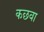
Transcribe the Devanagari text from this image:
कछवा